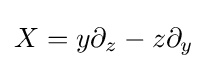
X=y\partial _{z}-z\partial _{y}